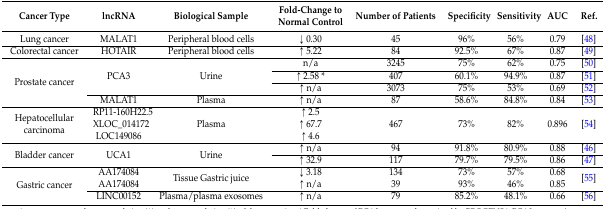
| Cancer Type | lncRNA | Biological Sample | Fold-Change to Normal Control | Number of Patients | Specificity | Sensitivity | AUC | Ref. |
 | --- | --- | --- | --- | --- | --- | --- | --- | --- |
 | Lung cancer | MALAT1 | Peripheral blood cells | ↓ 0.30 | 45 | 96% | 56% | 0.79 | [48] |
 | Colorectal cancer | HOTAIR | Peripheral blood cells | ↑ 5.22 | 84 | 92.5% | 67% | 0.87 | [49] |
 | <ROWSPAN=4> Prostate cancer | <ROWSPAN=3> PCA3 | <ROWSPAN=3> Urine | n/a | 3245 | 75% | 62% | 0.75 | [50] |
 | ↑ 2.58 * | 407 | 60.1% | 94.9% | 0.87 | [51] |
 | ↑ n/a | 3073 | 75% | 53% | 0.69 | [52] |
 | MALAT1 | Plasma | ↑ n/a | 87 | 58.6% | 84.8% | 0.84 | [53] |
 | Hepatocellular carcinoma | RP11-160H22.5 XLOC_014172 LOC149086 | Plasma | ↑ 2.5 ↑ 67.7 ↑ 4.6 | 467 | 73% | 82% | 0.896 | [54] |
 | <ROWSPAN=2> Bladder cancer | <ROWSPAN=2> UCA1 | <ROWSPAN=2> Urine | ↑ n/a | 94 | 91.8% | 80.9% | 0.88 | [46] |
 | ↑ 32.9 | 117 | 79.7% | 79.5% | 0.86 | [47] |
 | <ROWSPAN=2> Gastric cancer | AA174084 AA174084 | Tissue Gastric juice | ↓ 3.18 ↑ n/a | 134 39 | 73% 93% | 57% 46% | 0.68 0.85 | [55] |
 | LINC00152 | Plasma/plasma exosomes | ↑ n/a | 79 | 85.2% | 48.1% | 0.66 | [56] |